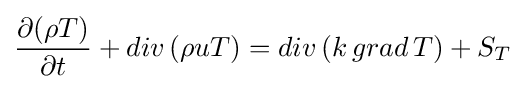
{\frac {\partial {(\rho T)}}{\partial t}}+{div\,(\rho uT)}={div\,(k\,grad\,T)}+{S_{T}}